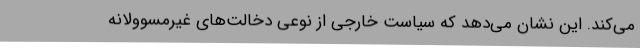
می‌کند. این نشان می‌دهد که سیاست خارجی از نوعی دخالت‌های غیرمسوولانه